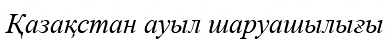
Қазақстан ауыл шаруашылығы